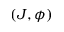
( J , \phi )